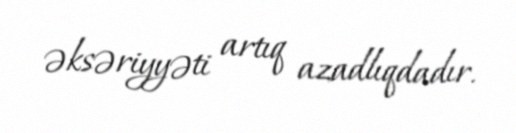
əksəriyyəti artıq azadlıqdadır.